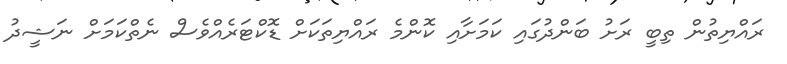
ރައްޔިތުން ތިބީ ރަށު ބަންދުގައި ކަމަށާއި ކޮންމެ ރައްޔިތަކަށް ޑޮކްޓަރެއްވެސް ނެތްކަމަށް ނަޝީދު